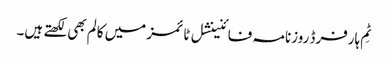
ٹِم ہارفرڈ روزنامہ فائنینشل ٹائمز میں کالم بھی لکھتے ہیں۔